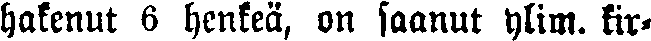
hakenut 6 henkeä, on saanut ylim. kir-